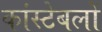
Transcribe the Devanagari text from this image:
कांस्‍टेबलों